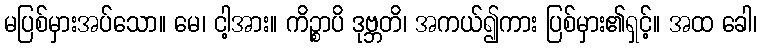
မပြစ်မှားအပ်သော။ မေ၊ ငါ့အား။ ကိဉ္စာပိ ဒုဗ္ဘတိ၊ အကယ်၍ကား ပြစ်မှား၏ရှင့်။ အထ ခေါ၊